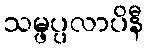
သမ္ဖပ္ပလာပိနီ